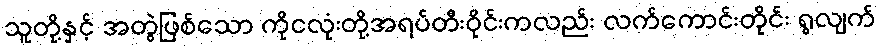
သူတို့နှင့် အတွဲဖြစ်သော ကိုငလုံးတို့အရပ်တီးဝိုင်းကလည်း လက်ကောင်းတိုင်း ရွလျက်